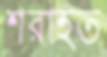
শরাহত